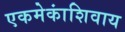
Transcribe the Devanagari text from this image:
एकमेकांशिवाय